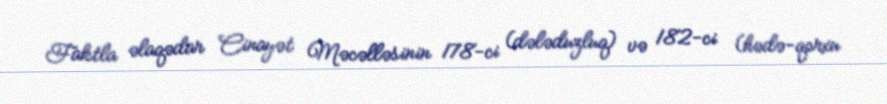
Faktla əlaqədar Cinayət Məcəlləsinin 178-ci (dələduzluq) və 182-ci (hədə-qorxu